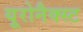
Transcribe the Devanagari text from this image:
यूरोनैक्स्ट